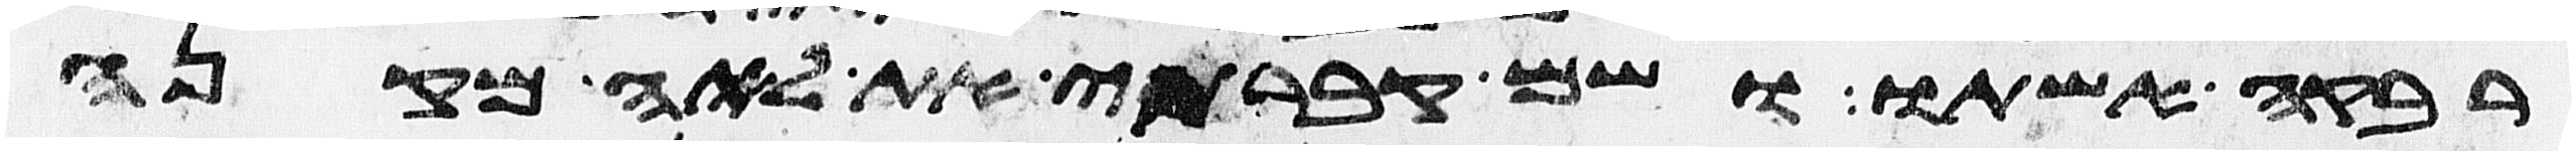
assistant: רבקה אשתו ושם קברתי את לאה מקנה